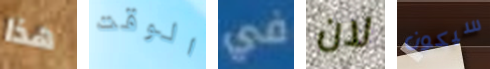
هذا الوقت في لان سيكون